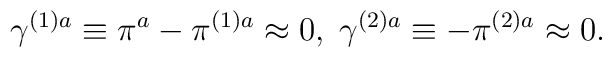
\gamma ^{(1)a}\equiv \pi ^{a}-\pi ^{(1)a}\approx 0,\;\gamma ^{(2)a}\equiv-\pi ^{(2)a}\approx 0.